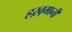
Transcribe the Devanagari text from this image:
हख़्मानी